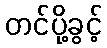
တင်ပို့ခွင့်